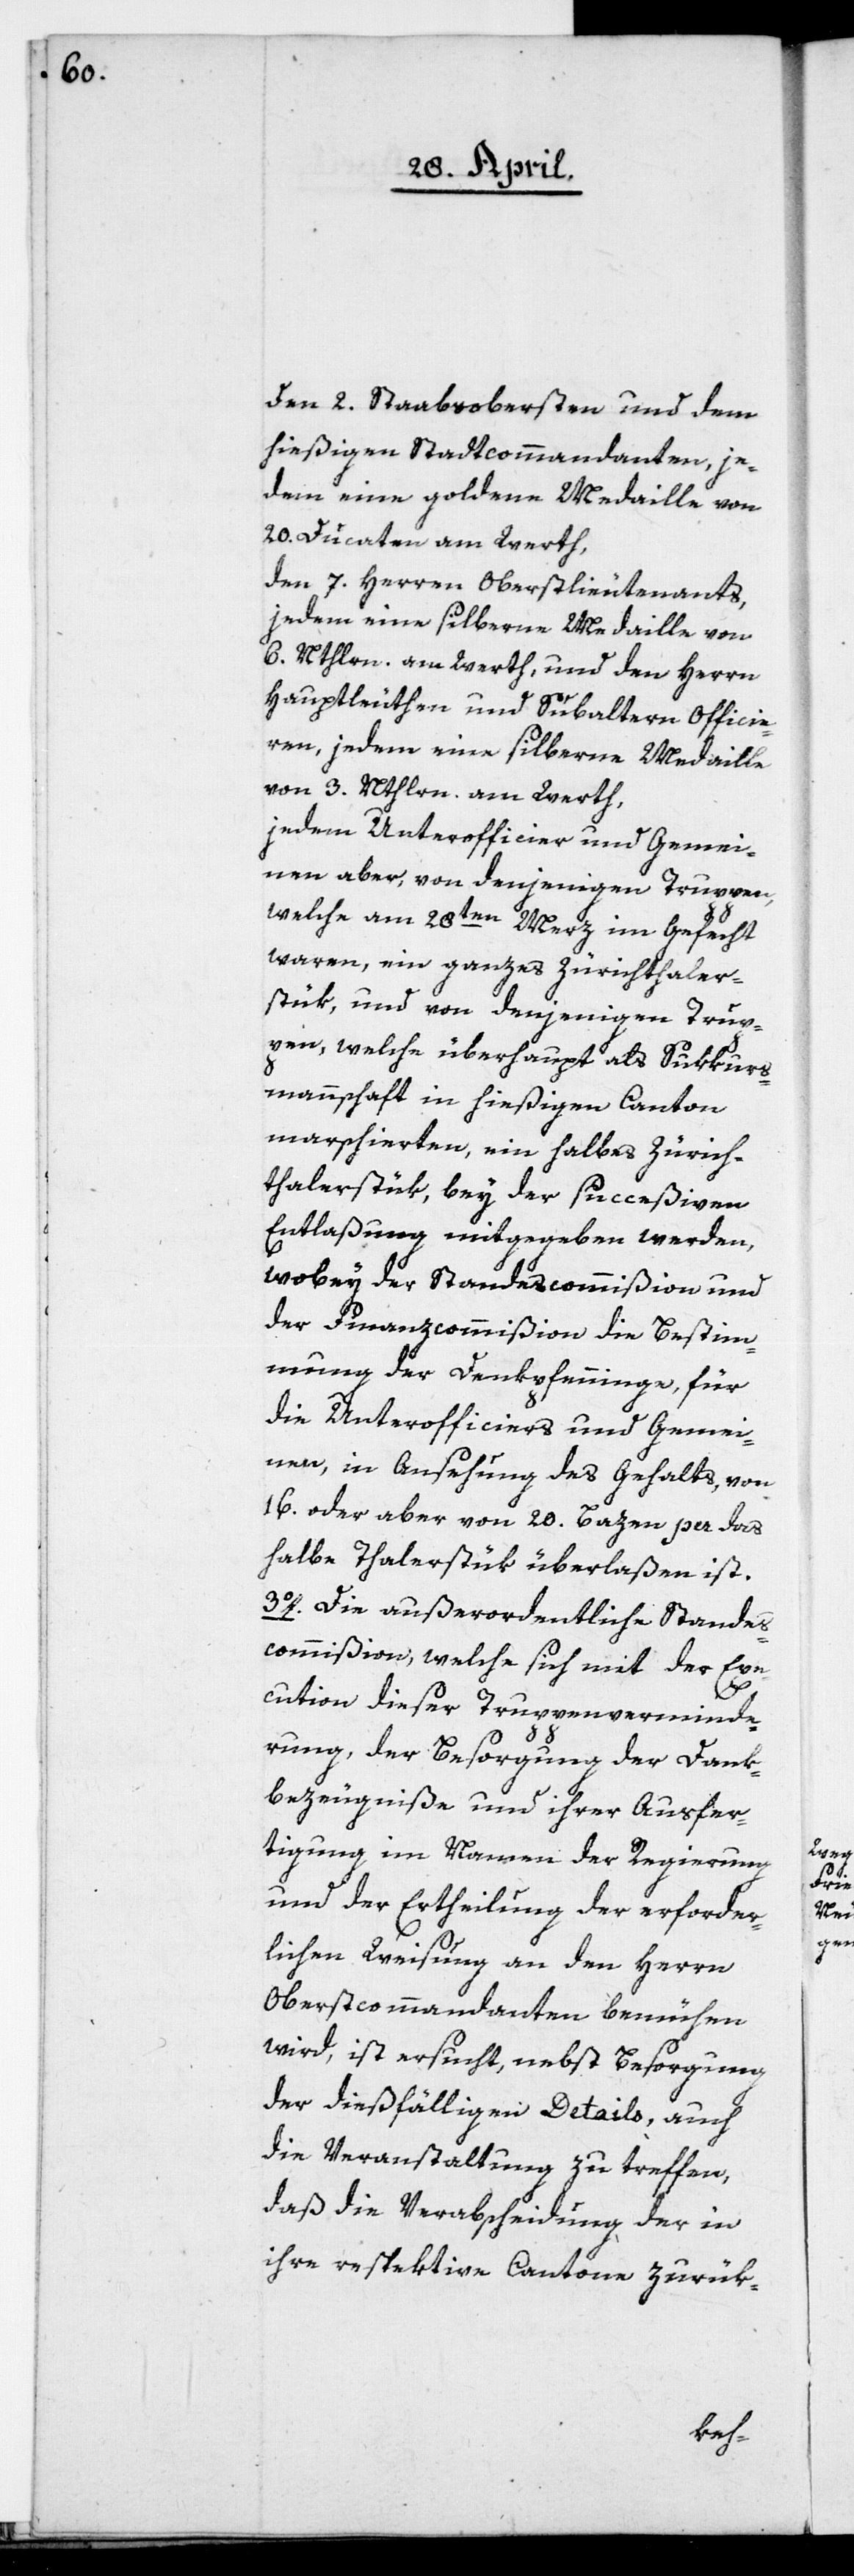
den zwei Staabsobersten und dem
hießigen Stadtcommandanten, je¬
dem eine goldene Medaille von
20. Ducaten am Werth,
den 7. Herren Oberstlieutenants,
jedem eine silberne Medaille von
6. Nthlrn am Werth, und den Herrn
Hauptleuthen und Subaltern Officie¬
ren, jedem eine silberne Medaille
von 3. Nthlrn am Werth,
jedem Unterofficier und Gemei¬
nen aber, von denjenigen Truppen,
welche am 28ten Merz im Gefecht
waren, ein ganzes Zürichthaler¬
stük, und von denjenigen Trup¬
pen, welche überhaupt als Sukkurs¬
mannschaft in hießigen Canton
marschierten, ein halbes Zürich¬
thalerstük, bey der succeßiven
Entlaßung mitgegeben werden,
wobey der Standescommißion und
der Finanzcommißion die Bestim¬
mung der Dankpfenninge, für
die Unterofficiers und Gemei¬
nen, in Ansehung des Gehalts, von
16. oder aber von 20. Bazen per das
halbe Thalerstück überlaßen ist.
3o. Die außerordentliche Standes¬
commißion, welche sich mit der Exe¬
cution dieser Truppenverminde¬
rung, der Besorgung der Dank¬
bezeugniße und ihrer Ausfer¬
tigung im Namen der Regierung
und der Ertheilung der erforder¬
lichen Weisung an den Herrn
Oberstcommandanten bemühen
wird, ist ersucht, nebst Besorgung
der dießfälligen Details, auch
die Veranstaltung zu treffen,
daß die Verabscheidung der in
ihre respektive Cantone zurük-